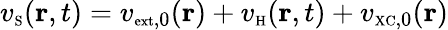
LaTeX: v_{\scriptscriptstyle\mathrm{S}}({\mathbf r},t)=v_{{\scriptscriptstyle\mathrm{ext}},0}({\mathbf r})+v_{\scriptscriptstyle\mathrm{H}}({\mathbf r},t)+v_{{\scriptscriptstyle\mathrm{XC}},0}({\mathbf r})